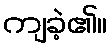
ကျခဲ့၏။